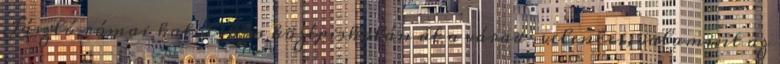
László római katolikus középiskolán át a várad-velencei, valamint az